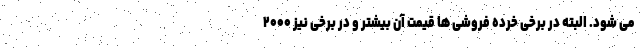
می شود. البته در برخی خرده فروشی ها قیمت آن بیشتر و در برخی نیز ۲۰۰۰